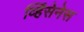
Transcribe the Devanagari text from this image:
व्हिंसेनेस